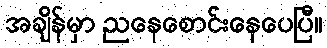
အချိန်မှာ ညနေစောင်းနေပေပြီ။